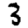
Digit: 3